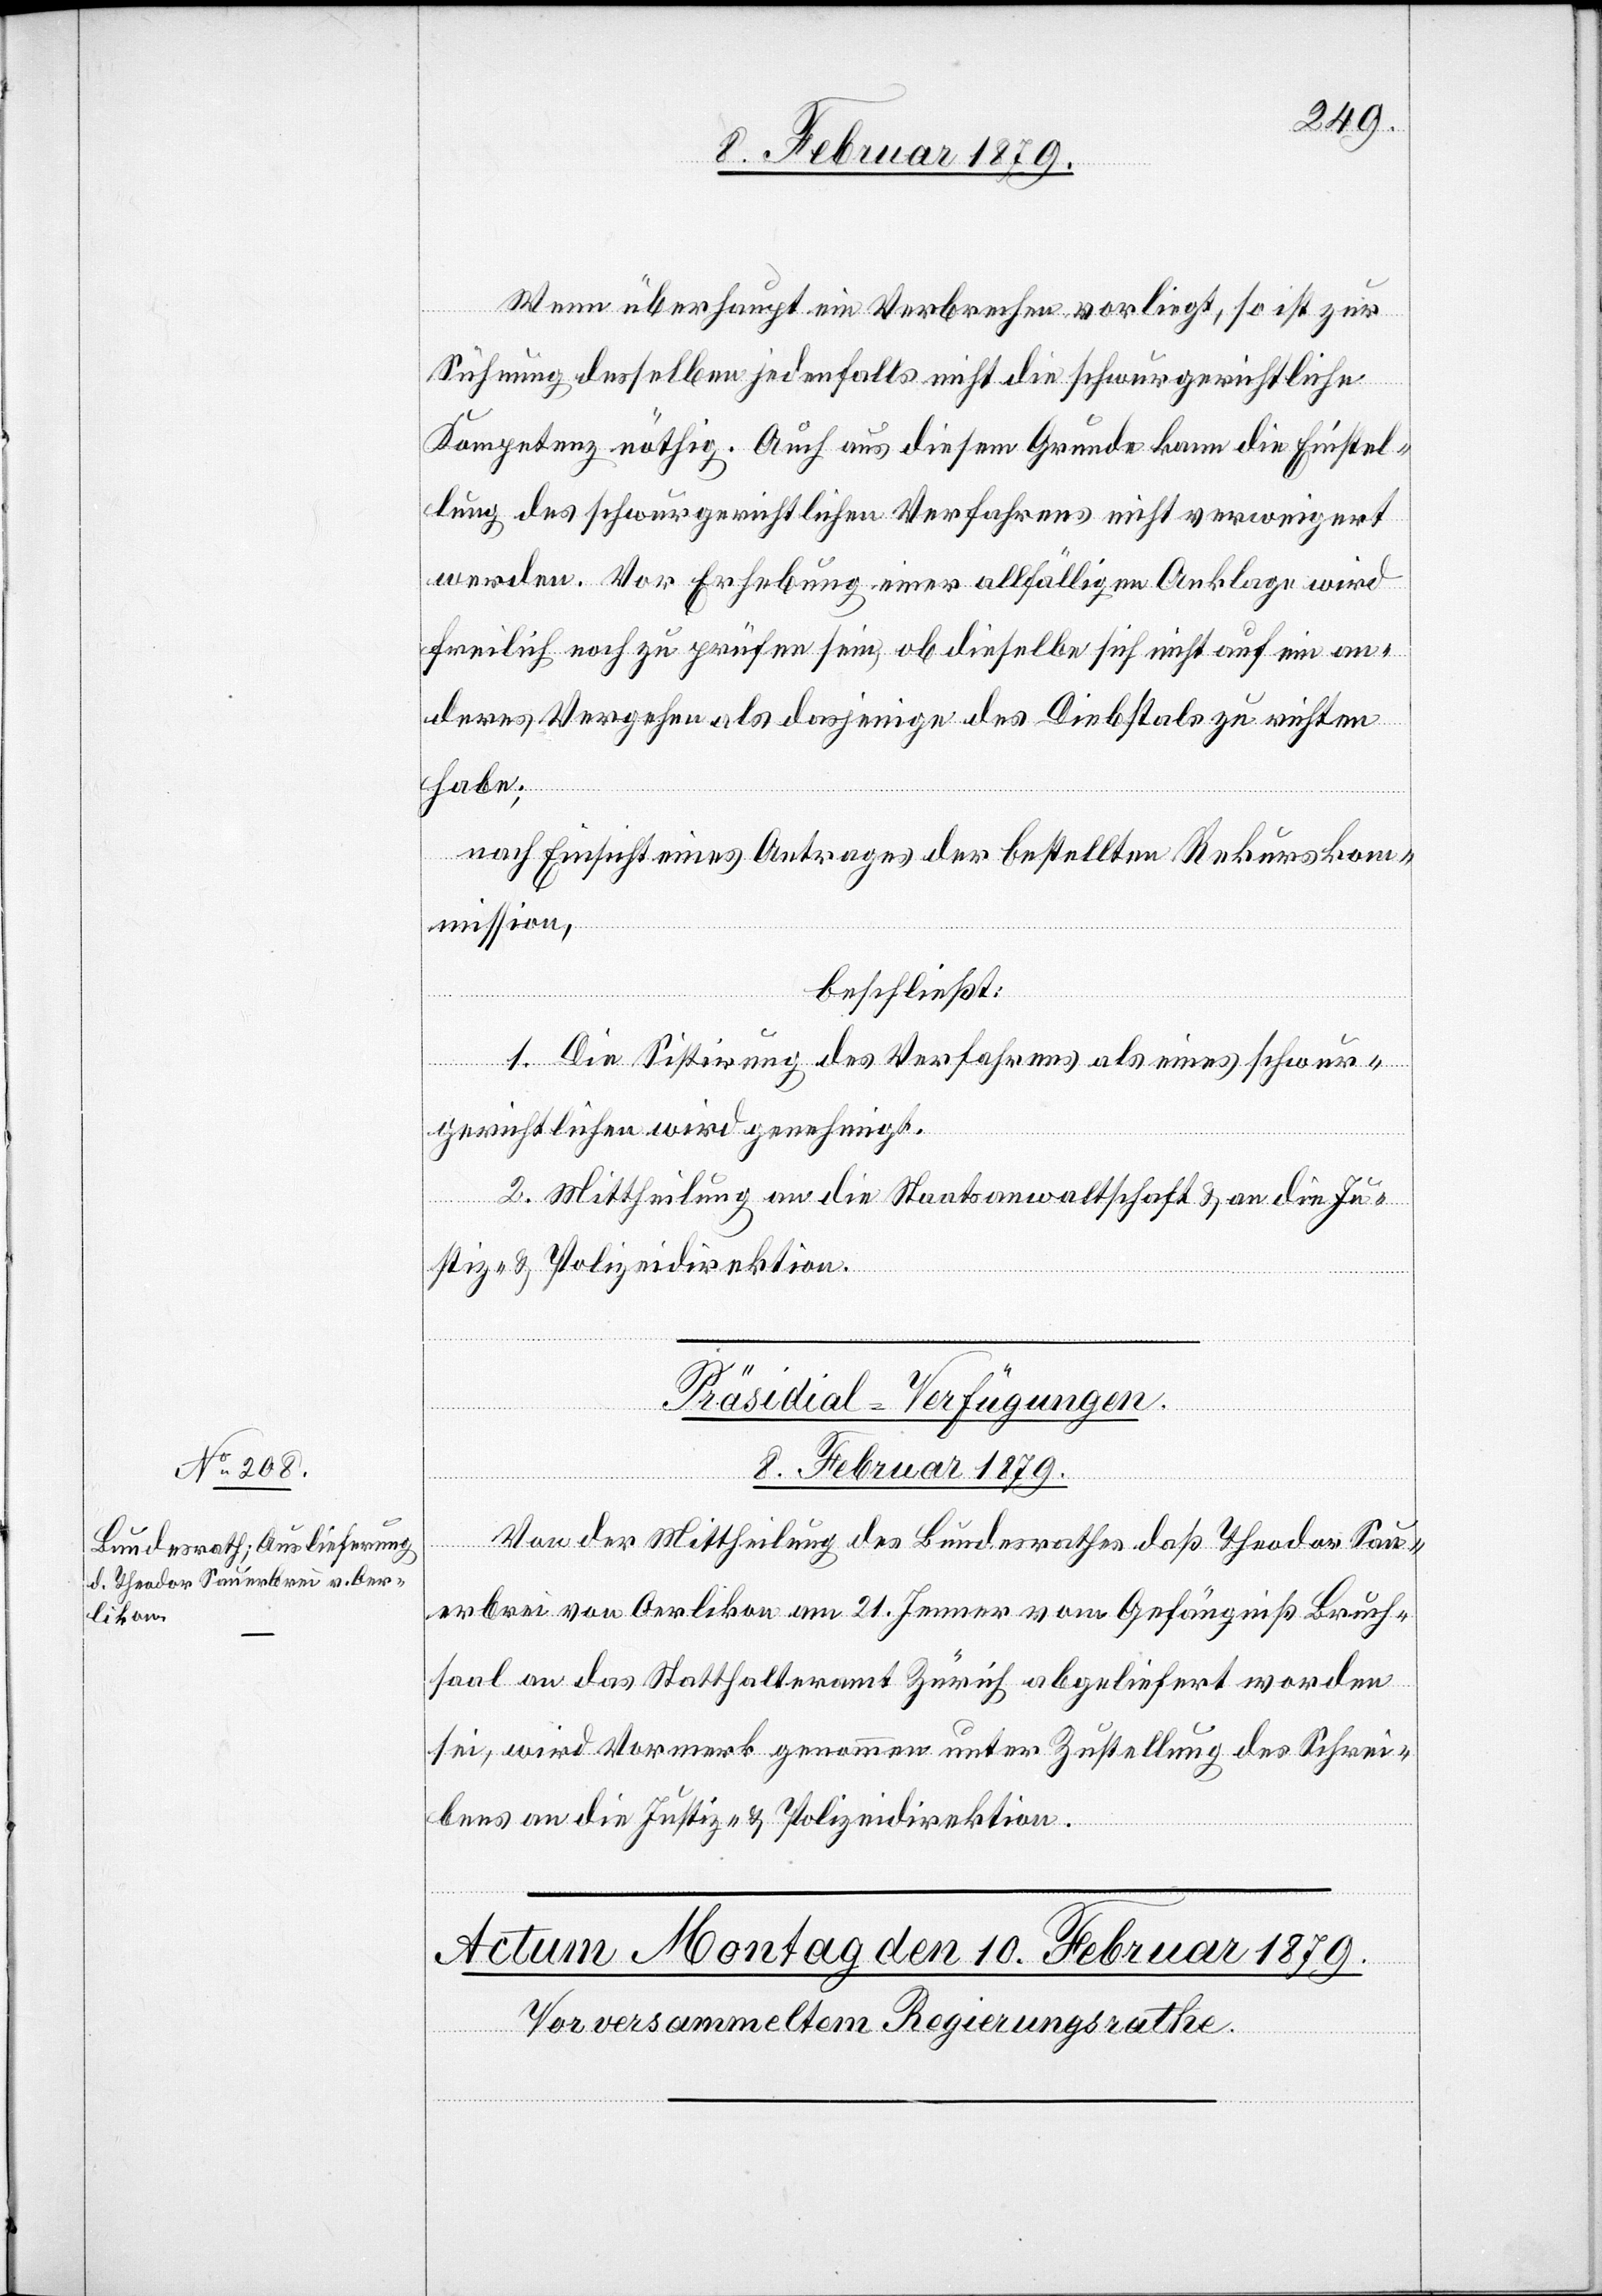
8. Februar 1879.
Wenn überhaupt ein Verbrechen vorliegt, so ist zur
Sühnung desselben jedenfalls nicht die schwurgerichtliche
Kompetenz nöthig. Auch aus diesem Grunde kann die Einstel¬
lung des schwurgerichtlichen Verfahrens nicht verweigert
werden. Vor Erhebung einer allfälligen Anklage wird
freilich noch zu prüfen sein, ob dieselbe sich nicht auf ein an¬
deres Vergehen als dasjenige des Diebstals zu richten
habe;
nach Einsicht eines Antrages der bestellten Rekurskom¬
mission,
beschließt:
1. Die Sistirung des Verfahrens als eines schwur¬
gerichtlichen wird genehmigt.
2. Mittheilung an die Staatsanwaltschaft & an die Ju¬
stiz- & Polizeidirektion.
Präsidial-Verfügungen.
Von der Mittheilung des Bundesrathes daß Theodor Sau¬
erbrei von Oerlikon am 21. Jenner vom Gefängniß Bruch¬
saal an das Statthalteramt Zürich abgeliefert worden
sei, wird Vormerk genommen unter Zustellung des Schrei¬
bens an die Justiz- & Polizeidirektion.